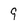
Character: 9